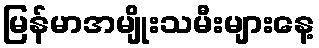
မြန်မာအမျိုးသမီးများနေ့